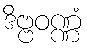
ဒိဗ္ဗဝဏ္ဏံ